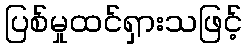
ပြစ်မှုထင်ရှားသဖြင့်